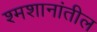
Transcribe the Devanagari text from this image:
श्मशानांतील